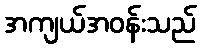
အကျယ်အဝန်းသည်